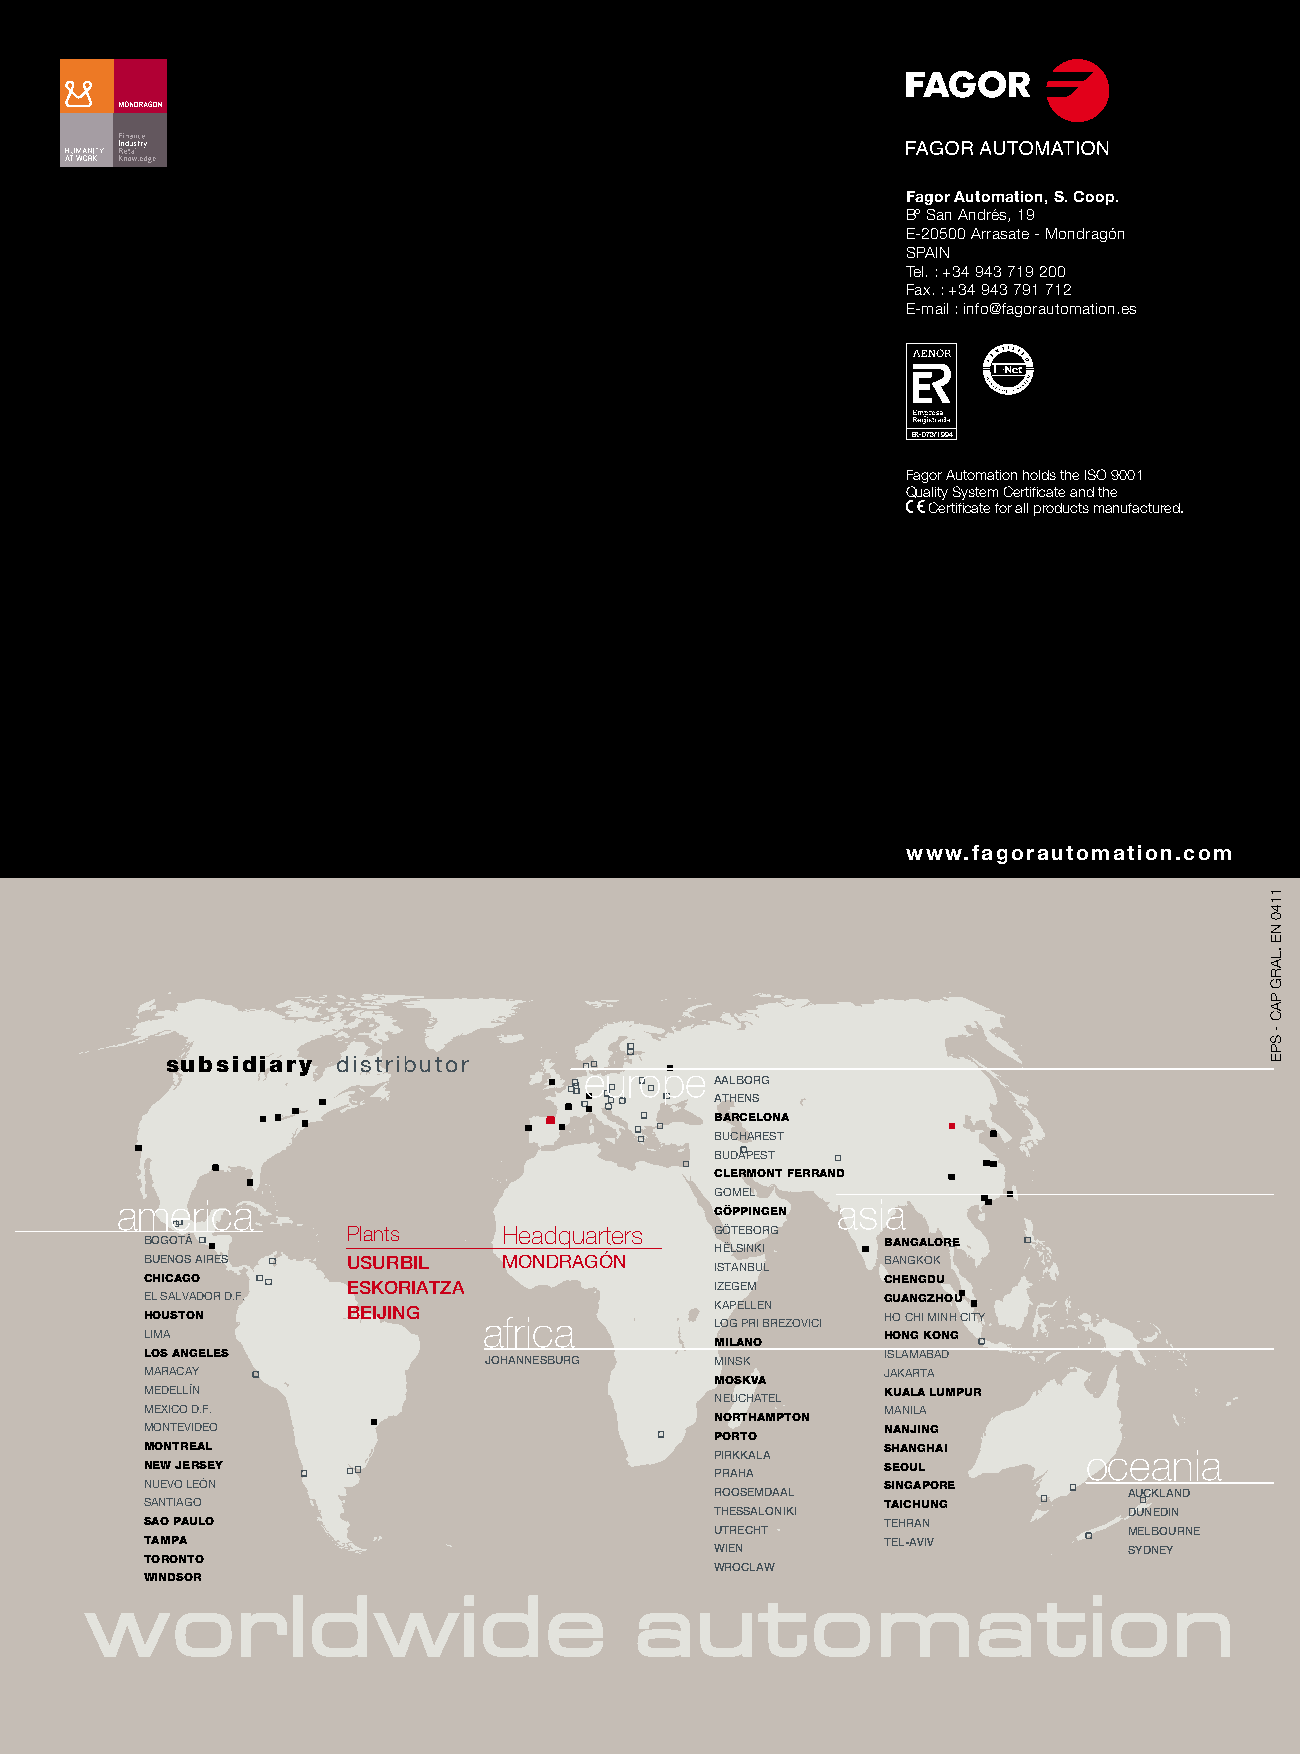
Fagor Automation, S. Coop.
 Bº San Andrés, 19
 E-20500 Arrasate - Mondragón
 SPAIN
 Tel. : +34 943 719 200
 Fax. : +34 943 791 712
 E-mail : info@fagorautomation.es
 ER-073/1994
 Fagor Automation holds the ISO 9001
 Quality System Certificate and the
 Certificate for all products manufactured.
 www.fagorautomation.com
 subsidiary distributor
 europe
 AALBORG
 ATHENS
 BARCELONA
 BUCHAREST
 BUDAPEST
 CLERMONT FERRAND
 GOMEL
 america                                        asia
 GÖPPINGEN
 Plants    Headquarters  GÖTEBORG
 BOGOTÁ                                           BANGALORE
 HËLSINKI
 BUENOS AIRES USURBIL   MONDRAGÓN                 BANGKOK
 ISTANBUL
 CHICAGO      ESKORIATZA              IZEGEM      CHENGDU
 EL SALVADOR D.F.                                 GUANGZHOU
 HOUSTON      BEIJING  africa         K LOAP GE PL RLE I BN REZOVICI HO CHI MINH CITY
 LIMA                                             HONG KONG
 MILANO
 LOS ANGELES           JOHANNESBURG   MINSK       ISLAMABAD
 MARACAY                                          JAKARTA
 MOSKVA
 MEDELLÍN                                         KUALA LUMPUR
 NEUCHATEL
 MEXICO D.F.                                      MANILA
 NORTHAMPTON
 MONTEVIDEO                                       NANJING
 PORTO
 MONTREAL                             PIRKKALA    SHANGHAI     oceania
 NEW JERSEY                                       SEOUL
 PRAHA
 NUEVO LEÓN                                       SINGAPORE
 ROOSEMDAAL                  AUCKLAND
 SANTIAGO                                         TAICHUNG
 THESSALONIKI                DUNEDIN
 SAO PAULO                                        TEHRAN
 UTRECHT                     MELBOURNE
 TAMPA                                            TEL-AVIV
 WIEN                        SYDNEY
 TORONTO
 WROCLAW
 WINDSOR
 worldwide                           automation
 11111400
 SNEE
 -.
 L5A5R0G8
 SPPAEC
 -
 SPE